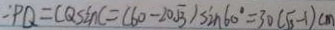
: P Q = C Q \sin C = ( 6 0 - 2 0 \sqrt { 3 } ) \sin 6 0 ^ { \circ } = 3 0 ( \sqrt { 3 } - 1 ) c m